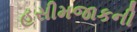
હસીમજાકની